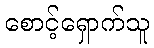
စောင့်ရှောက်သူ